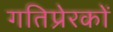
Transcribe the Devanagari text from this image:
गतिप्रेरकों